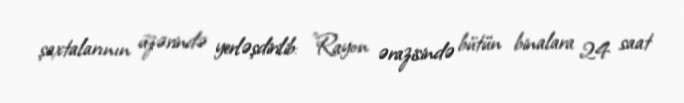
şaxtalarının üzərində yerləşdirilib: "Rayon ərazisində bütün binalara 24 saat